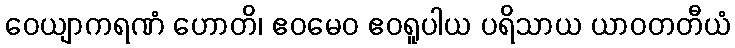
ဝေယျာကရဏံ ဟောတိ၊ ဧဝမေဝ ဧဝရူပါယ ပရိသာယ ယာဝတတီယံ